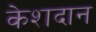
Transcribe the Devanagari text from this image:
केशदान